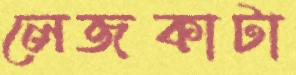
লেজকাটা